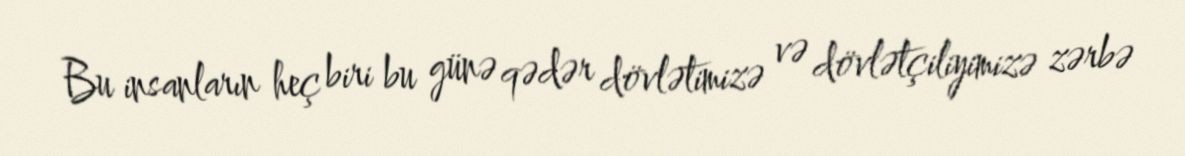
Bu insanların heç biri bu günə qədər dövlətimizə və dövlətçiliyimizə zərbə